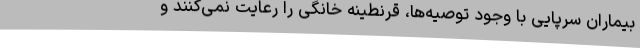
بیماران سرپایی با وجود توصیه‌ها، قرنطینه خانگی را رعایت نمی‌کنند و